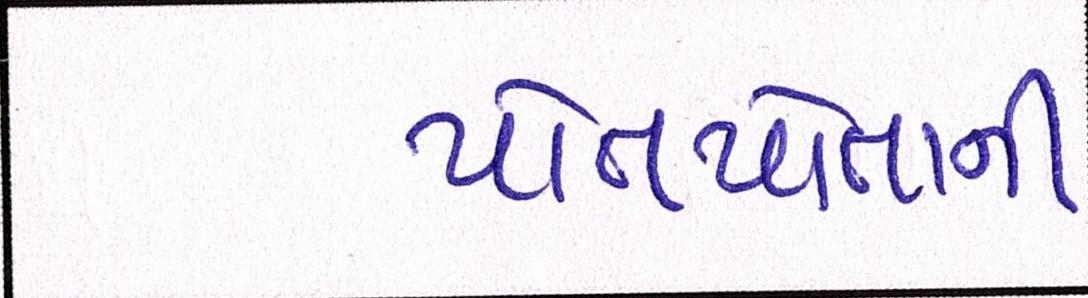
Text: પોતપોતાની